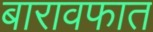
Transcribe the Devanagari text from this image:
बारावफात